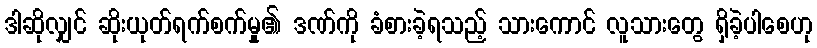
ဒါဆိုလျှင် ဆိုးယုတ်ရက်စက်မှု၏ ဒဏ်ကို ခံစားခဲ့ရသည့် သားကောင် လူသားတွေ ရှိခဲ့ပါစေဟု